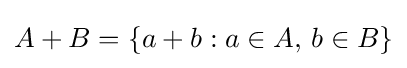
A+B=\{a+b:a\in A,\,b\in B\}